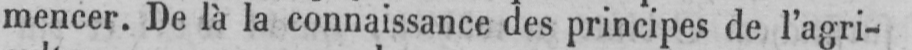
mencer. De là la connaissance des principes de l’agri-